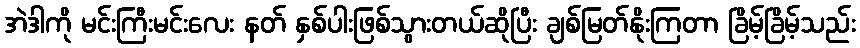
အဲဒါကို မင်းကြီးမင်းလေး နတ် နှစ်ပါးဖြစ်သွားတယ်ဆိုပြီး ချစ်မြတ်နိုးကြတာ ခြိမ့်ခြိမ့်သည်း